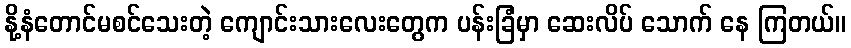
နို့နံတောင်မစင်သေးတဲ့ ကျောင်းသားလေးတွေက ပန်းခြံမှာ ဆေးလိပ် သောက် နေ ကြတယ်။